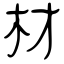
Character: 材